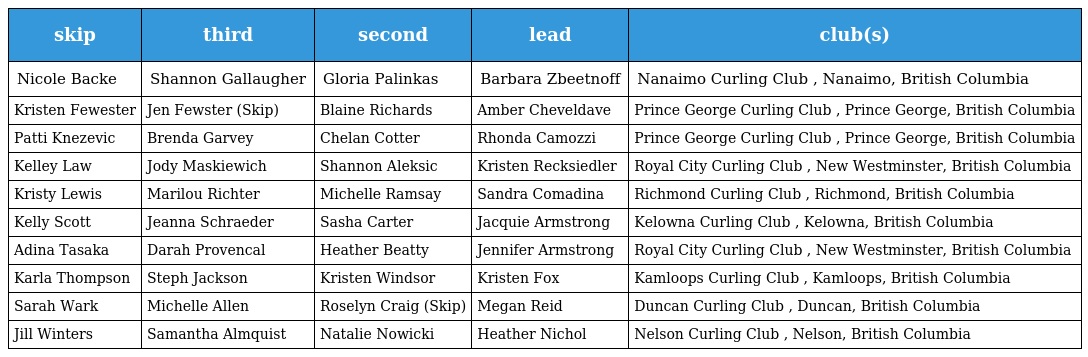
| skip | third | second | lead | club(s) |
 | --- | --- | --- | --- | --- |
 | Nicole Backe | Shannon Gallaugher | Gloria Palinkas | Barbara Zbeetnoff | Nanaimo Curling Club , Nanaimo, British Columbia |
 | Kristen Fewester | Jen Fewster (Skip) | Blaine Richards | Amber Cheveldave | Prince George Curling Club , Prince George, British Columbia |
 | Patti Knezevic | Brenda Garvey | Chelan Cotter | Rhonda Camozzi | Prince George Curling Club , Prince George, British Columbia |
 | Kelley Law | Jody Maskiewich | Shannon Aleksic | Kristen Recksiedler | Royal City Curling Club , New Westminster, British Columbia |
 | Kristy Lewis | Marilou Richter | Michelle Ramsay | Sandra Comadina | Richmond Curling Club , Richmond, British Columbia |
 | Kelly Scott | Jeanna Schraeder | Sasha Carter | Jacquie Armstrong | Kelowna Curling Club , Kelowna, British Columbia |
 | Adina Tasaka | Darah Provencal | Heather Beatty | Jennifer Armstrong | Royal City Curling Club , New Westminster, British Columbia |
 | Karla Thompson | Steph Jackson | Kristen Windsor | Kristen Fox | Kamloops Curling Club , Kamloops, British Columbia |
 | Sarah Wark | Michelle Allen | Roselyn Craig (Skip) | Megan Reid | Duncan Curling Club , Duncan, British Columbia |
 | Jill Winters | Samantha Almquist | Natalie Nowicki | Heather Nichol | Nelson Curling Club , Nelson, British Columbia |